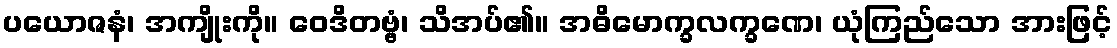
ပယောဇနံ၊ အကျိုးကို။ ဝေဒိတဗ္ဗံ၊ သိအပ်၏။ အဓိမောက္ခလက္ခဏေ၊ ယုံကြည်သော အားဖြင့်